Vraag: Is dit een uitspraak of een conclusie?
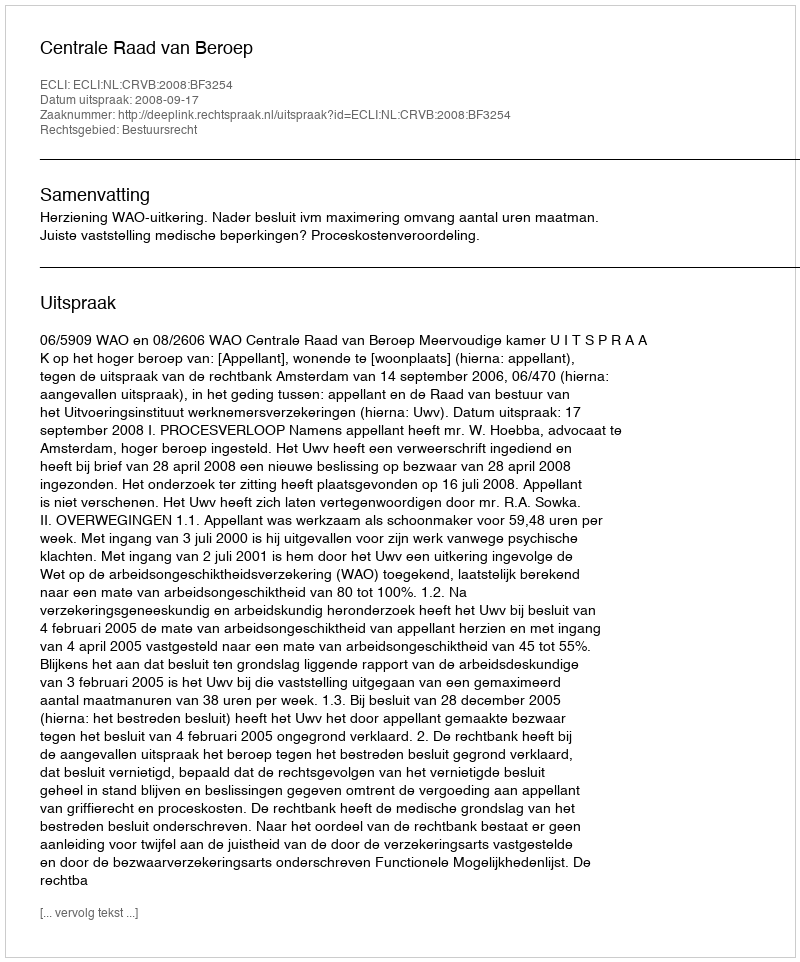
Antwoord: Uitspraak